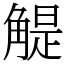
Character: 䚣